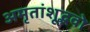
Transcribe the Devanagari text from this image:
अमृतांशूद्भवो